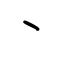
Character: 丶